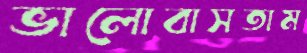
ভালোবাসতাম